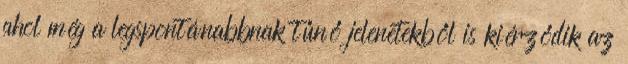
ahol még a legspontánabbnak tűnő jelenetekből is kiérződik az